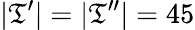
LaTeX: |\mathfrak{T}^{\prime}|=|\mathfrak{T}^{\prime\prime}|=45